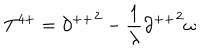
T ^ { 4 + } = { \partial ^ { + + } } ^ { 2 } - \frac { 1 } { \lambda } { \partial ^ { + + } } ^ { 2 } \omega